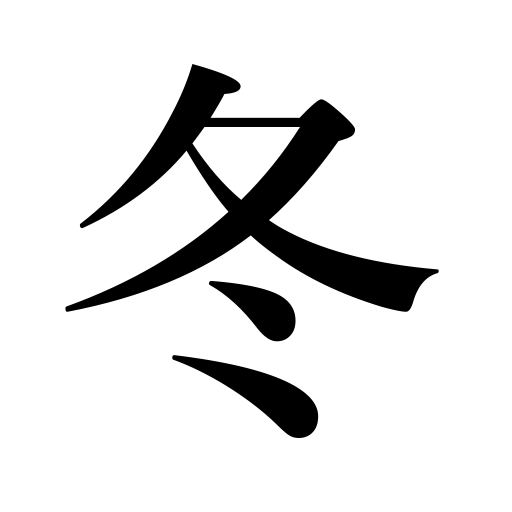
Meanings: winter